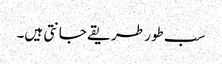
سب طور طریقے جانتی ہیں۔